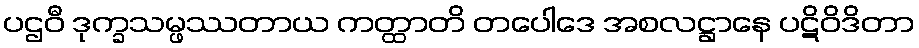
ပဌဝီ ဒုက္ခသမ္ဖဿတာယ ကတ္ထာတိ တပေါဒေ အစလဋ္ဌာနေ ပဋိဝိဒိတာ